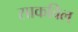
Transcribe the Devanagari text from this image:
साकविल